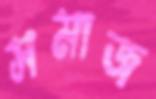
সমাজ